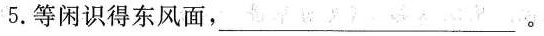
5.等闲识得东风面，___。